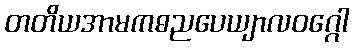
တတိယအာမကဓညပေယျာလဝဂ္ဂေါ